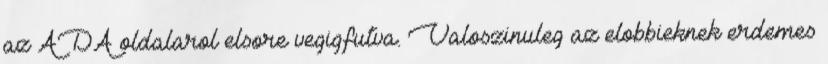
az ADA oldalarol elsore vegigfutva. Valoszinuleg az elobbieknek erdemes